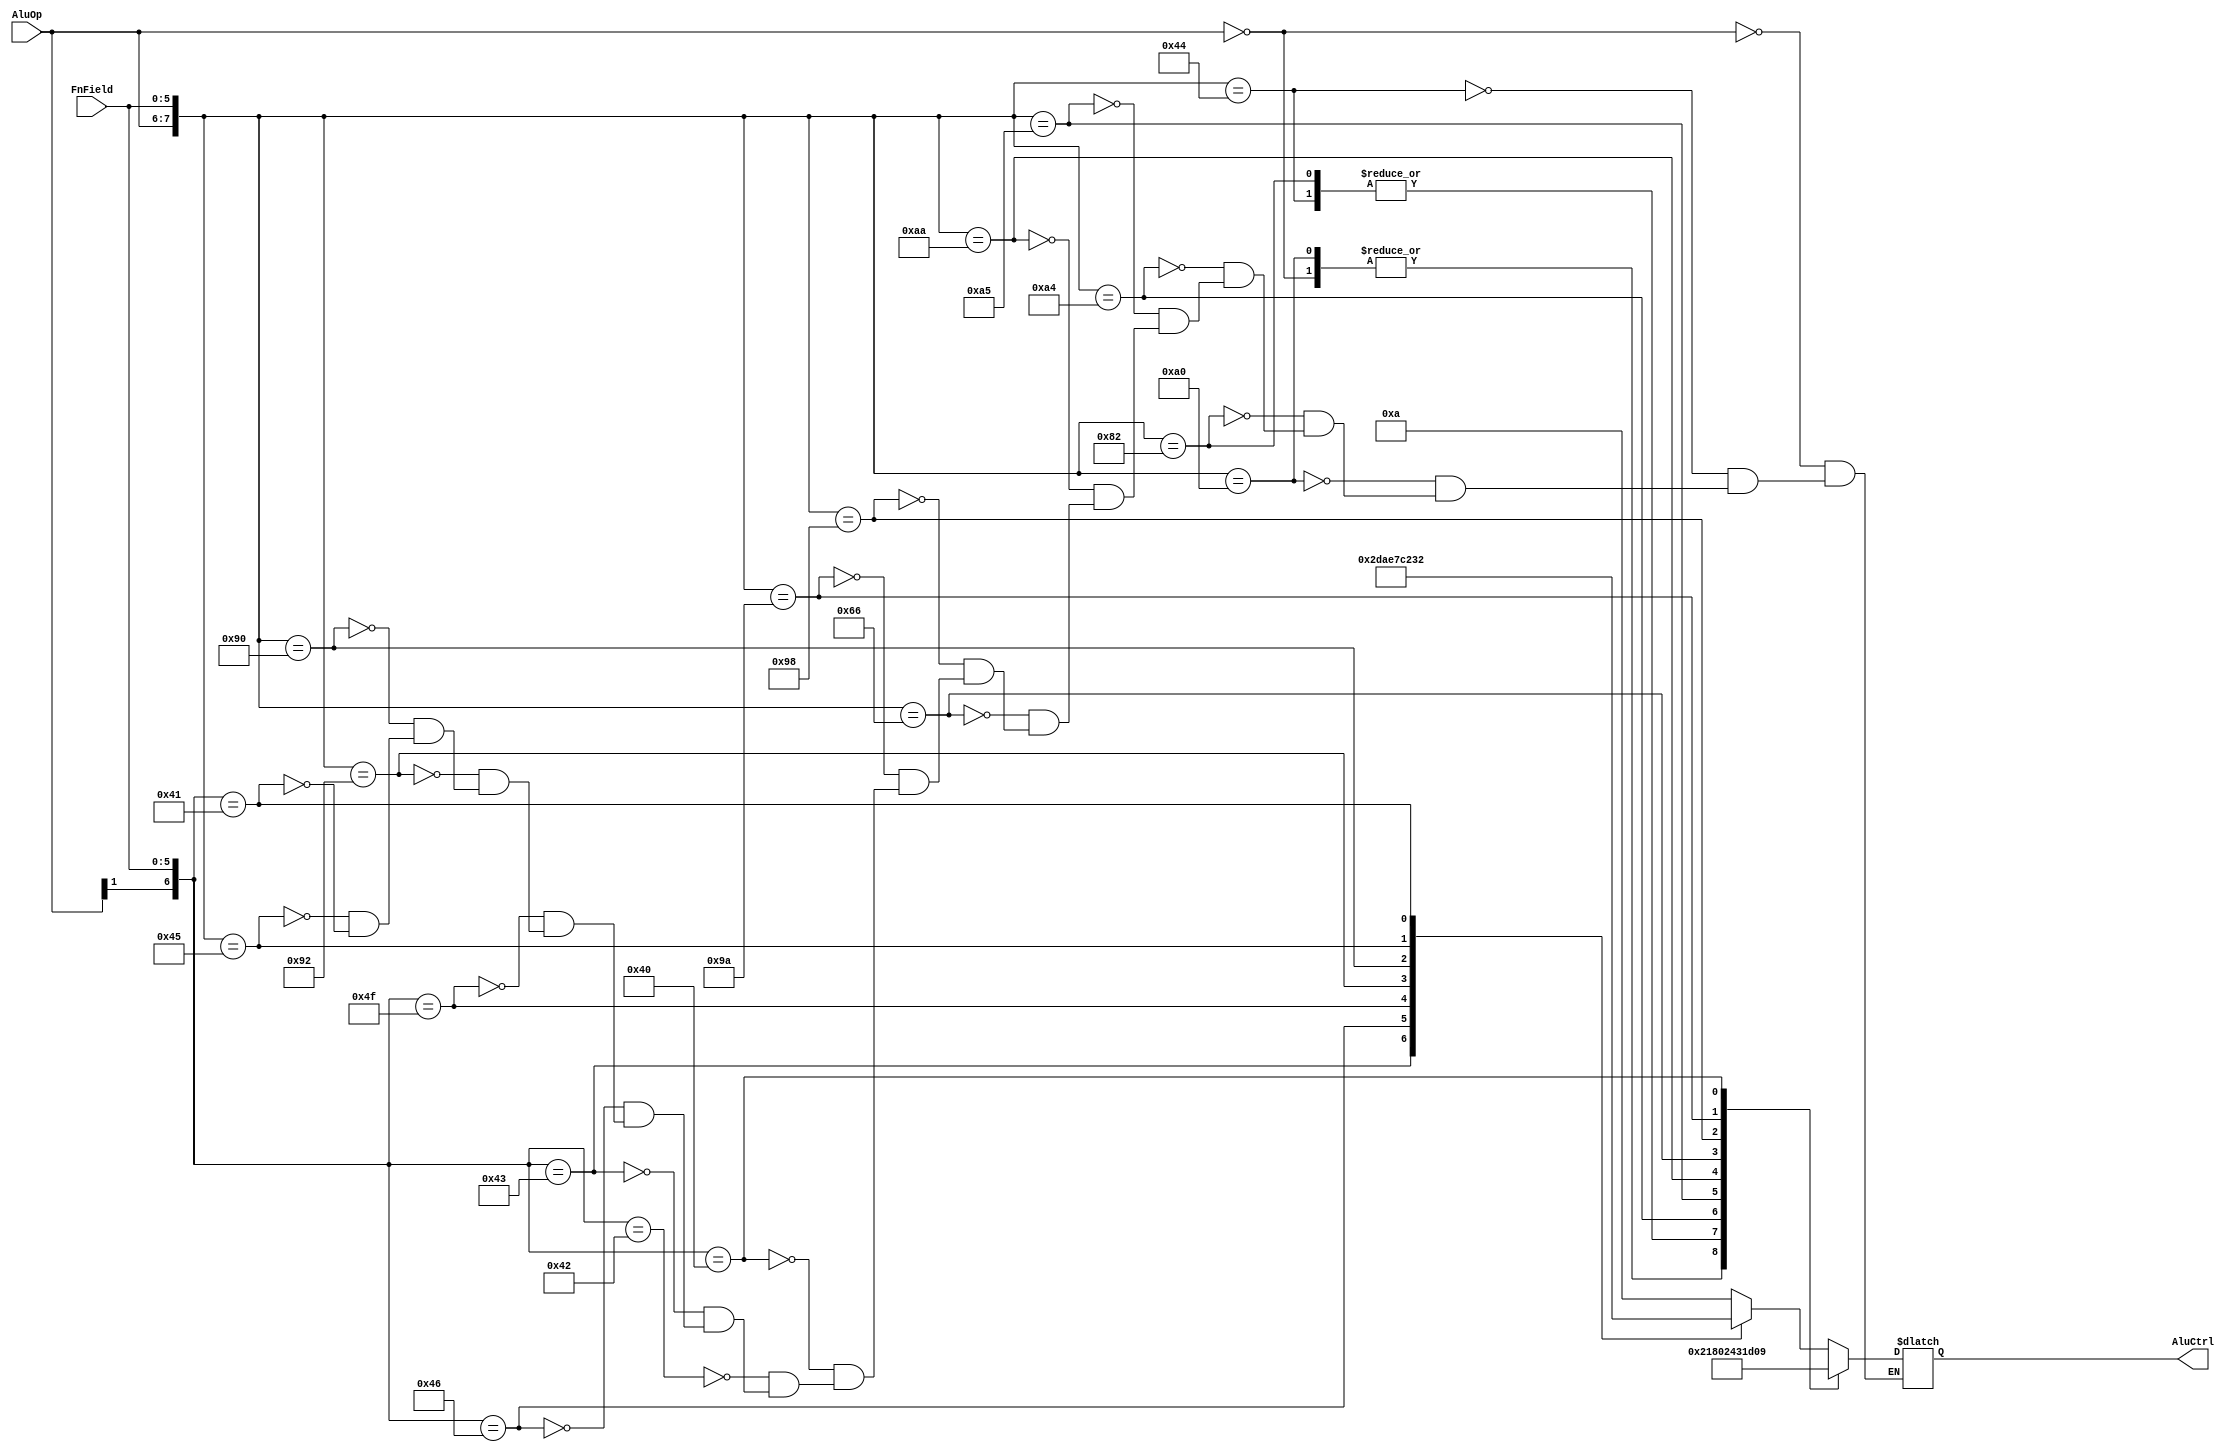
module alucontrol(AluOp,FnField,AluCtrl);

input [1:0] AluOp;
input [5:0] FnField; //for R-type instructions

output reg [4:0] AluCtrl;


always@(AluOp or FnField)begin
casex({AluOp,FnField})

8'b00_xxxxxx:AluCtrl=5'b00010; //lw / sw
8'b01_000100:AluCtrl=5'b00011; //beq
8'b10_100000:AluCtrl=5'b00010; //add
8'b10_000010:AluCtrl=5'b00011; //sub
8'b10_100100:AluCtrl=5'b00000; //and
8'b10_100101:AluCtrl=5'b00001; //or
8'b10_101010:AluCtrl=5'b00100; //slt

8'b00_100111:AluCtrl=5'b00101; //nor
8'b01_100110:AluCtrl=5'b00110; //xor
8'b10_011000:AluCtrl=5'b00111; //mult
8'b10_011010:AluCtrl=5'b01000; //div
8'b1x_000000:AluCtrl=5'b01001; //sll
8'b1x_000010:AluCtrl=5'b01010; //srl
8'b1x_000011:AluCtrl=5'b01011; //sra
8'b01_000100:AluCtrl=5'b01100; //sllv
8'b1x_000110:AluCtrl=5'b01101; //srlv
8'b1x_001111:AluCtrl=5'b01110; //lui
8'b10_010010:AluCtrl=5'b01111; //mflo
8'b10_010000:AluCtrl=5'b10000; //mfhi
8'b01_000101:AluCtrl=5'b10001; //bne
8'b1x_000001:AluCtrl=5'b10010; //blez
8'b1x_000001:AluCtrl=5'b10011; //bgtz


endcase

end


endmodule